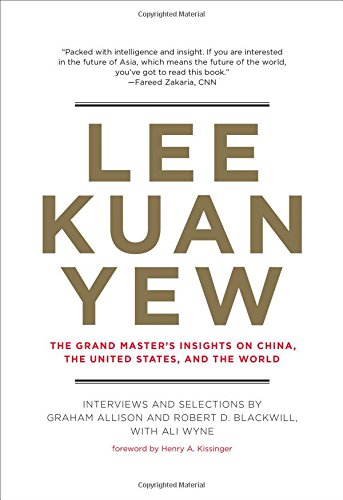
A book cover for Lee Kuan Yew: The Grand Master's Insights on China, the United States, and the World (Belfer Center Studies in International Security); Graham Allison; Biographies & Memoirs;